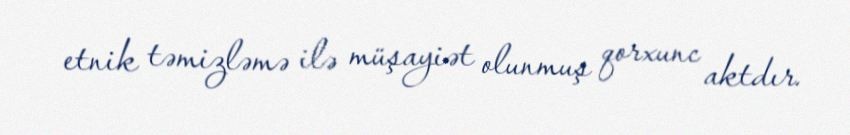
etnik təmizləmə ilə müşayiət olunmuş qorxunc aktdır.